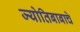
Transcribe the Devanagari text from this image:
ज्योतिबाबाचे